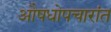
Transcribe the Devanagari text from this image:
औषधोपचारांत